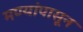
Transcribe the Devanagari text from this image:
मण्यांपासून